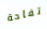
تفاحة